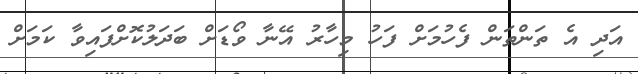
އަދި އެ ތަންތަން ފެހުމަށް ފަހު މިހާރު އޭނާ ވޯޑަށް ބަދަލުކޮށްފައިވާ ކަމަށް